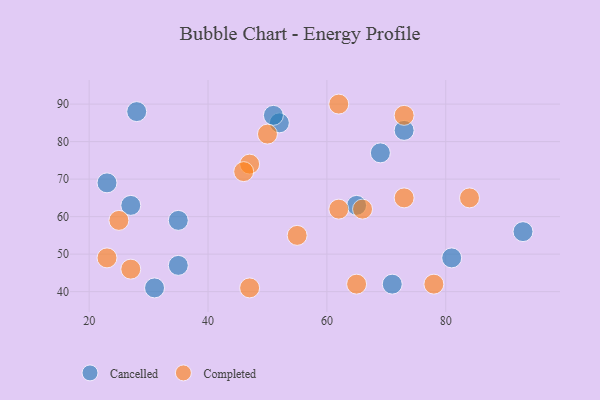
{"axis": {"x": "GDP", "y": "Life Expectancy"}, "legend": ["Cancelled", "Completed"], "data": [{"x": "28", "y": 88, "type": "Cancelled"}, {"x": "35", "y": 47, "type": "Cancelled"}, {"x": "52", "y": 85, "type": "Cancelled"}, {"x": "71", "y": 42, "type": "Cancelled"}, {"x": "35", "y": 59, "type": "Cancelled"}, {"x": "93", "y": 56, "type": "Cancelled"}, {"x": "69", "y": 77, "type": "Cancelled"}, {"x": "27", "y": 63, "type": "Cancelled"}, {"x": "31", "y": 41, "type": "Cancelled"}, {"x": "51", "y": 87, "type": "Cancelled"}, {"x": "73", "y": 83, "type": "Cancelled"}, {"x": "23", "y": 69, "type": "Cancelled"}, {"x": "81", "y": 49, "type": "Cancelled"}, {"x": "65", "y": 63, "type": "Cancelled"}, {"x": "27", "y": 46, "type": "Completed"}, {"x": "73", "y": 65, "type": "Completed"}, {"x": "47", "y": 74, "type": "Completed"}, {"x": "47", "y": 41, "type": "Completed"}, {"x": "55", "y": 55, "type": "Completed"}, {"x": "65", "y": 42, "type": "Completed"}, {"x": "23", "y": 49, "type": "Completed"}, {"x": "62", "y": 62, "type": "Completed"}, {"x": "84", "y": 65, "type": "Completed"}, {"x": "46", "y": 72, "type": "Completed"}, {"x": "25", "y": 59, "type": "Completed"}, {"x": "73", "y": 87, "type": "Completed"}, {"x": "66", "y": 62, "type": "Completed"}, {"x": "78", "y": 42, "type": "Completed"}, {"x": "50", "y": 82, "type": "Completed"}, {"x": "62", "y": 90, "type": "Completed"}]}